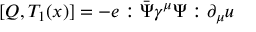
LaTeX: [ Q , T _ { 1 } ( x ) ] = - e : \bar { \Psi } \gamma ^ { \mu } \Psi : \partial _ { \mu } u